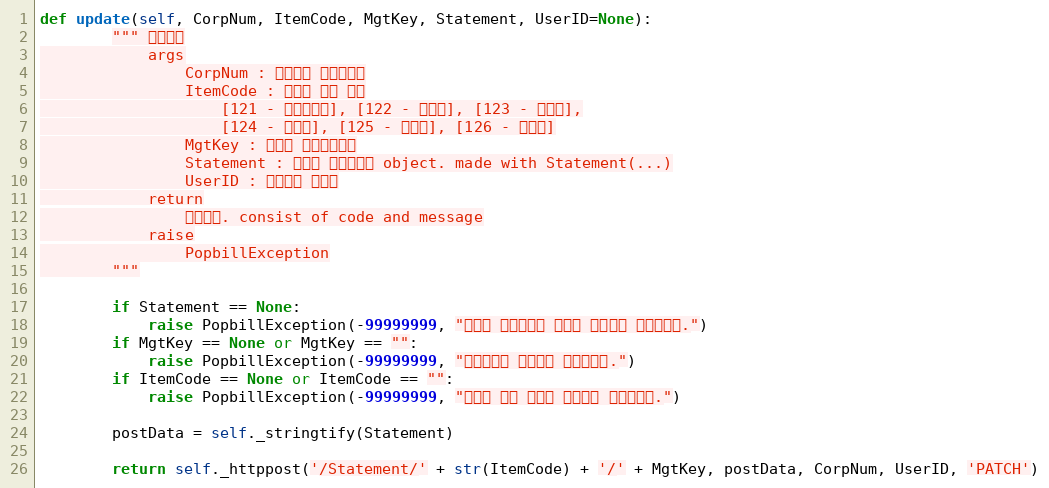
Language: Python
def update(self, CorpNum, ItemCode, MgtKey, Statement, UserID=None):
        """ 임시저장
            args
                CorpNum : 팝빌회원 사업자번호
                ItemCode : 명세서 종류 코드
                    [121 - 거래명세서], [122 - 청구서], [123 - 견적서],
                    [124 - 발주서], [125 - 입금표], [126 - 영수증]
                MgtKey : 파트너 문서관리번호
                Statement : 등록할 전자명세서 object. made with Statement(...)
                UserID : 팝빌회원 아이디
            return
                처리결과. consist of code and message
            raise
                PopbillException
        """

        if Statement == None:
            raise PopbillException(-99999999, "등록할 전자명세서 정보가 입력되지 않았습니다.")
        if MgtKey == None or MgtKey == "":
            raise PopbillException(-99999999, "관리번호가 입력되지 않았습니다.")
        if ItemCode == None or ItemCode == "":
            raise PopbillException(-99999999, "명세서 종류 코드가 입력되지 않았습니다.")

        postData = self._stringtify(Statement)

        return self._httppost('/Statement/' + str(ItemCode) + '/' + MgtKey, postData, CorpNum, UserID, 'PATCH')